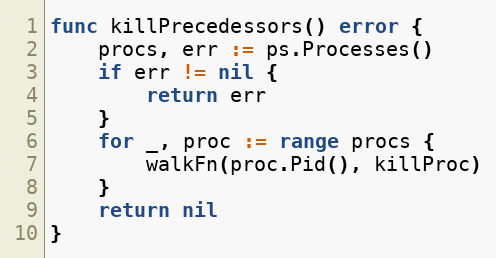
Language: Go
func killPrecedessors() error {
	procs, err := ps.Processes()
	if err != nil {
		return err
	}
	for _, proc := range procs {
		walkFn(proc.Pid(), killProc)
	}
	return nil
}